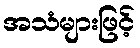
အသံများဖြင့်